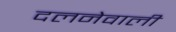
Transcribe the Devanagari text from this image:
दलनेवाली